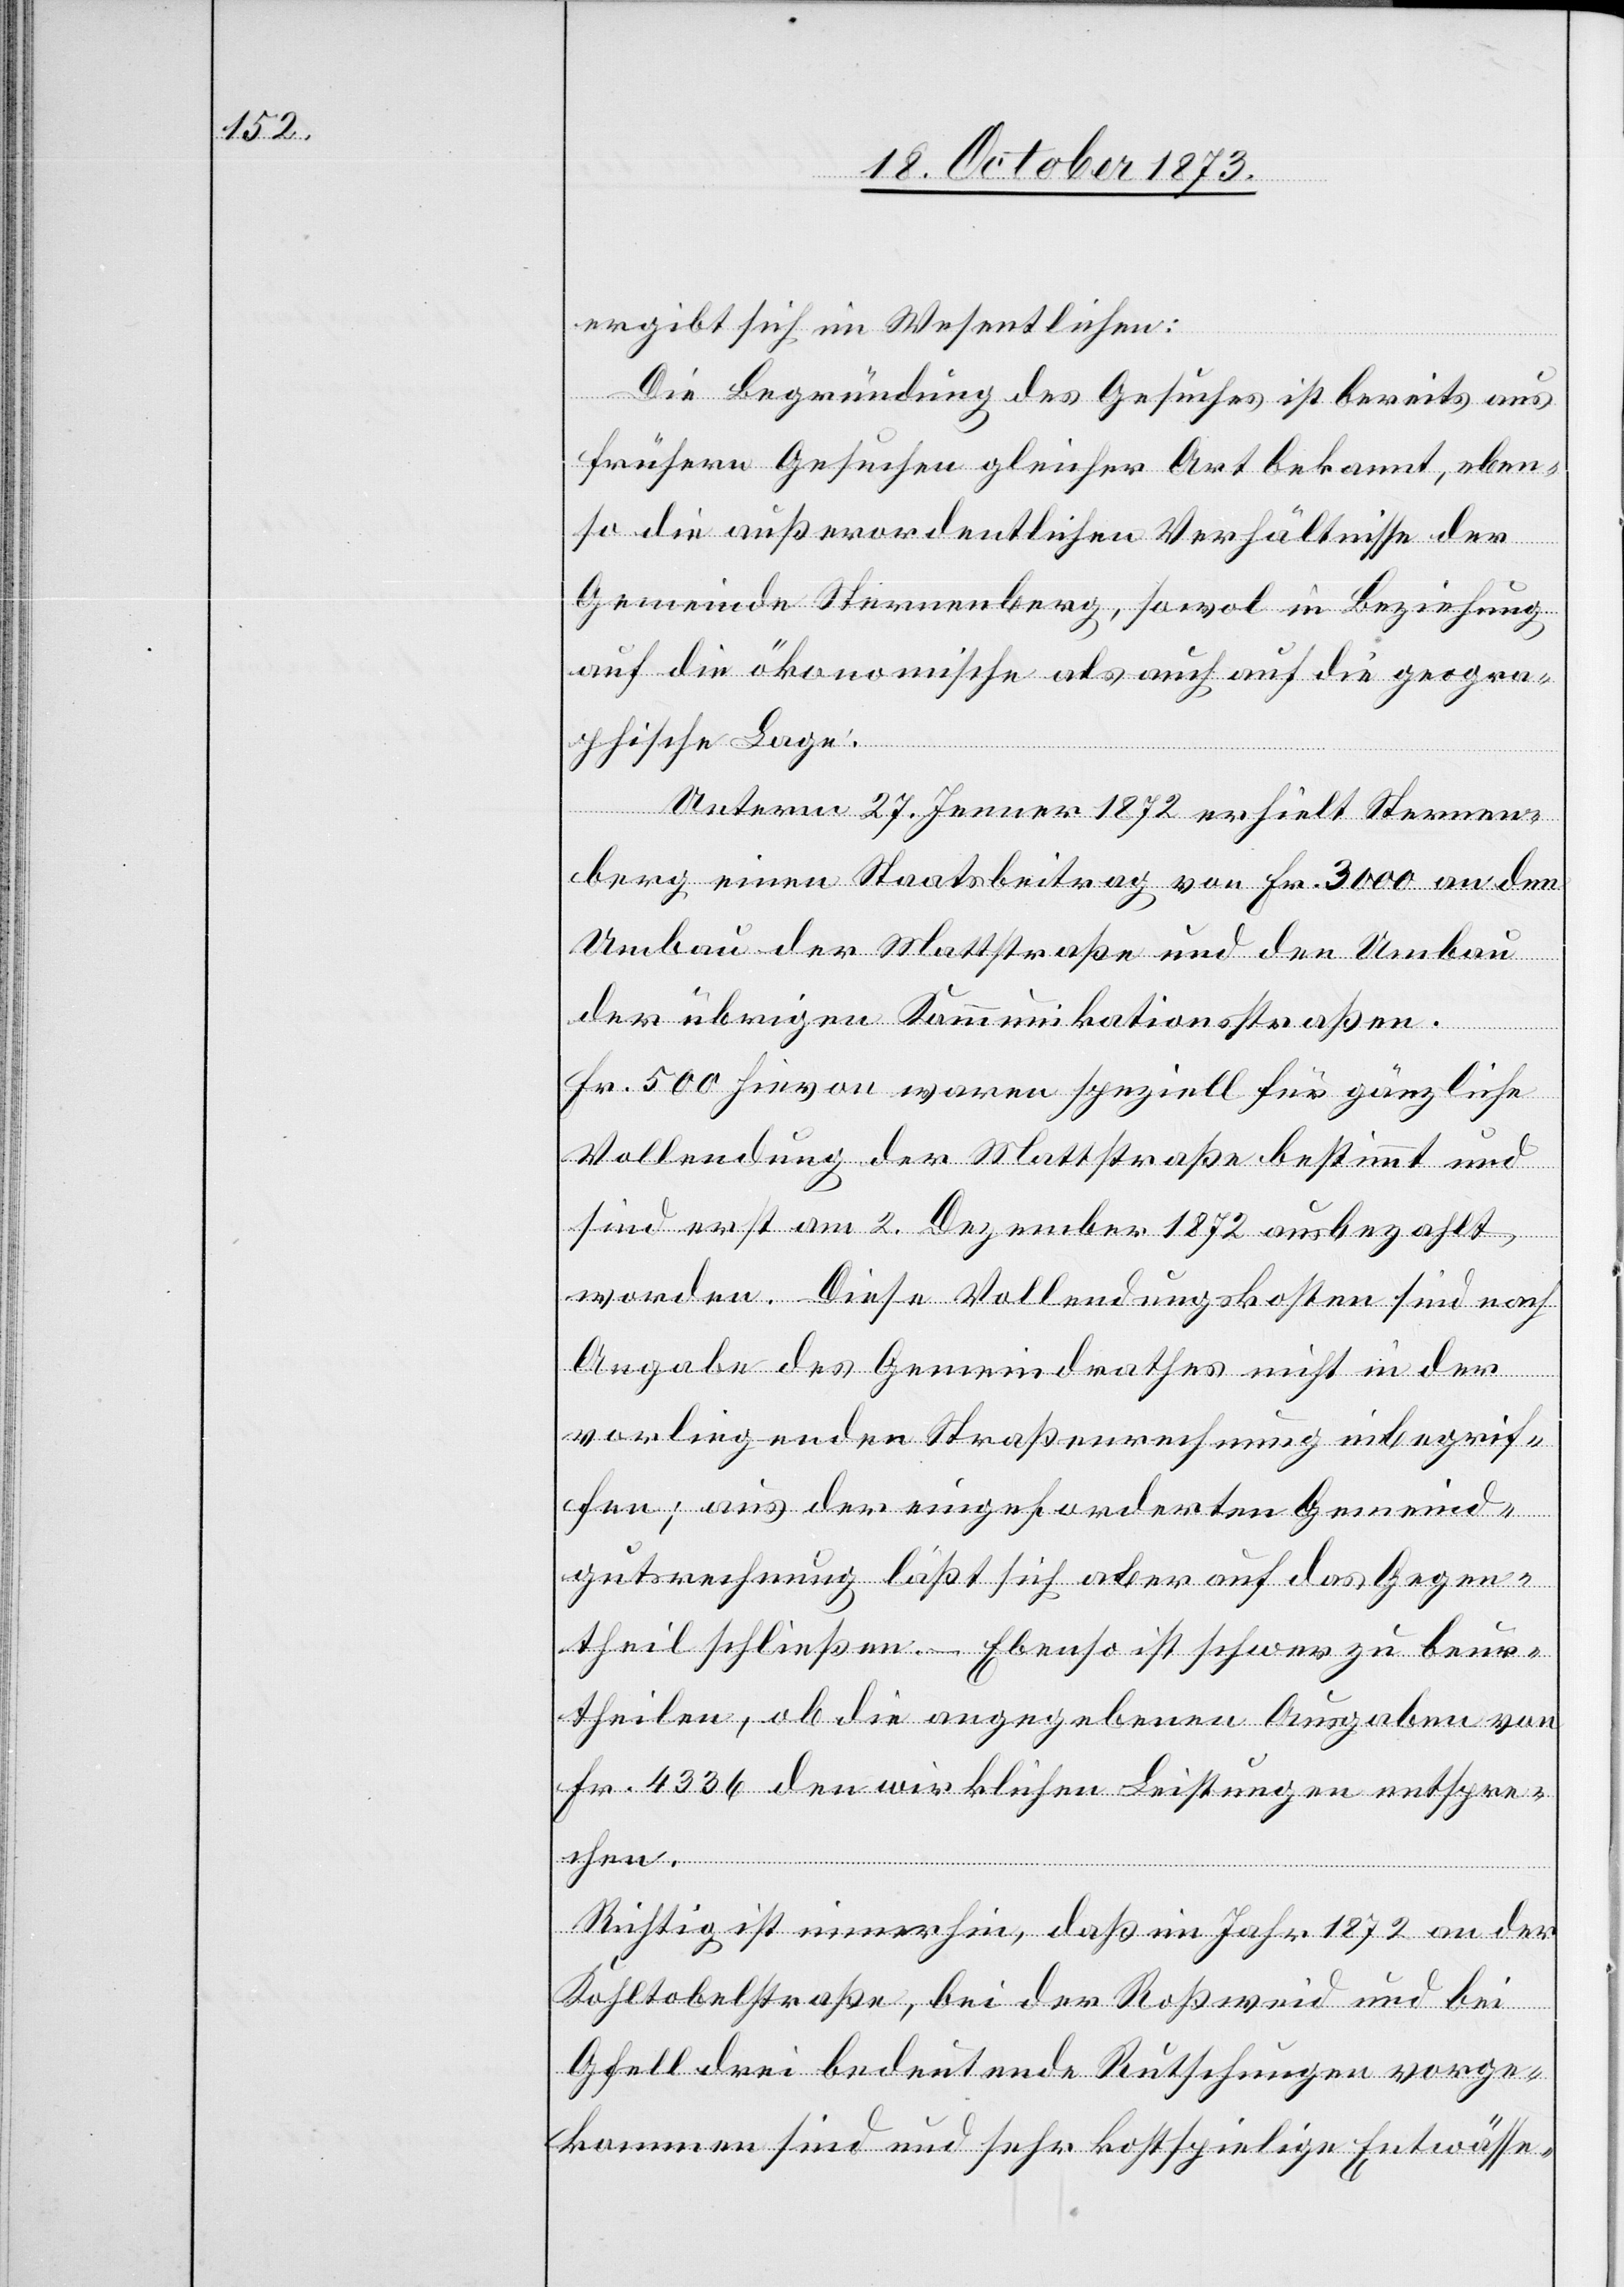
ergibt sich im Wesentlichen:
Die Begründung des Gesuches ist bereits aus
frühern Gesuchen gleicher Art bekannt, eben¬
so die außerordentlichen Verhältnisse der
Gemeinde Sternenberg, sowol in Beziehung
auf die ökonomische als auch auf die geogra¬
phische Lage.
Unterm 27. Jenner 1872 erhielt Sternen¬
berg einen Staatsbeitrag von Fr. 3 000 an den
Umbau der Mattstraße und den Umbau
der übrigen Kommunkationsstraßen.
Fr. 500 hievon waren speziell für gänzliche
Vollendung der Mattstraße bestimmt und
sind erst am 2. Dezember 1872 ausbezahlt
worden. Diese Vollendungskosten sind nach
Angabe des Gemeindrathes nicht in der
vorliegenden Straßenrechnung inbegrif¬
fen; aus der eingeforderten Gemeind¬
gutsrechnung läßt sich aber auf das Gegen¬
theil schließen. – Ebenso ist schwer zu beur¬
theilen, ob die angegebenen Ausgaben von
Fr. 4 336 den wirklichen Leistungen entspre¬
chen.
Richtig ist immerhin, daß im Jahr 1872 an der
Kohltobelstraße, bei der Roßweid und bei
Gfell drei bedeutende Rutschungen vorge¬
kommen sind und sehr kostspielige Entwässe-